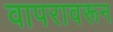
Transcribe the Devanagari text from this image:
वापरावरून